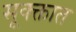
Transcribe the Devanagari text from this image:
सूक्क्तात